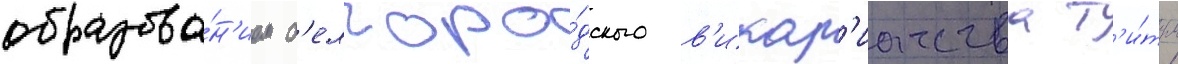
образова́н'ием б'елгоро́дского в'икар'иатства т'и́тул